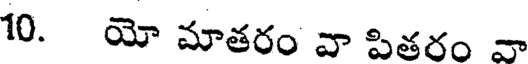
10. యో మాతరం వా పితరం వా